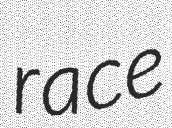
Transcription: race